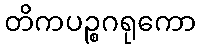
တိကပဉ္စဂရုကော